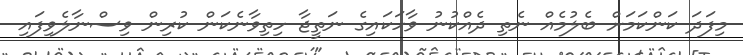
މިފަދަ ކަންކަމަށް ބެލުމެއް ނެތި ދެއްކުނު ވާހަކައިގެ ނަތީޖާ ހިތިވާނެކަން ކުރިން ވިސްނާލެވިފައި